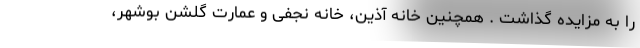
را به مزایده گذاشت . همچنین خانه آذین، خانه نجفی و عمارت گلشن بوشهر،